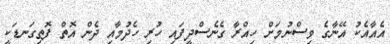
އެއާއެކު އޭނާގެ ވިސްނުމަށް ހިއްރާ ގެނެސްދީފައި ހުރި ހެދުމާއި ދެން އޮތް ފޮތިގަނޑަކީ